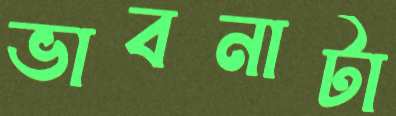
ভাবনাটা